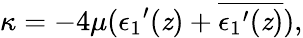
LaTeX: \kappa=-4\mu({\epsilon_{1}}^{\prime}(\mathit{z})+\overline{{{{{\epsilon_{1}}^{\prime}(\mathit{z})}}}}),